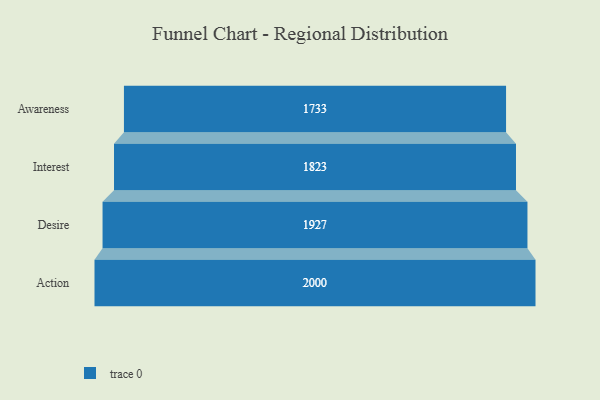
{"axis": {"x": "Stage", "y": "Value"}, "legend": [""], "data": [{"x": "Awareness", "y": 1733.0, "type": ""}, {"x": "Interest", "y": 1823.0, "type": ""}, {"x": "Desire", "y": 1927.0, "type": ""}, {"x": "Action", "y": 2000, "type": ""}]}